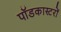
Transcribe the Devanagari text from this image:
पॉडकास्टरों